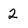
Character: 2